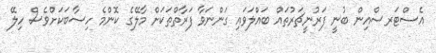
އެސްޓަރސްއިން ބުނީ ފަރުނީޗަރުތައް ބައްލަވައި ގަންނަވާ ފަރާތްތަކަށް މާލޭގެ ކޮންމެ ހިސާބަކަށްވެސް ހިލޭ